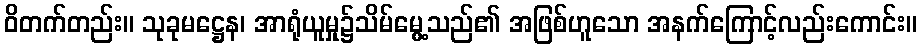
ဝိတက်တည်း။ သုခုမဋ္ဌေန၊ အာရုံယူမှု၌သိမ်မွေ့သည်၏ အဖြစ်ဟူသော အနက်ကြောင့်လည်းကောင်း။